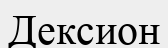
Дексион